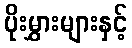
ပိုးမွှားများနှင့်